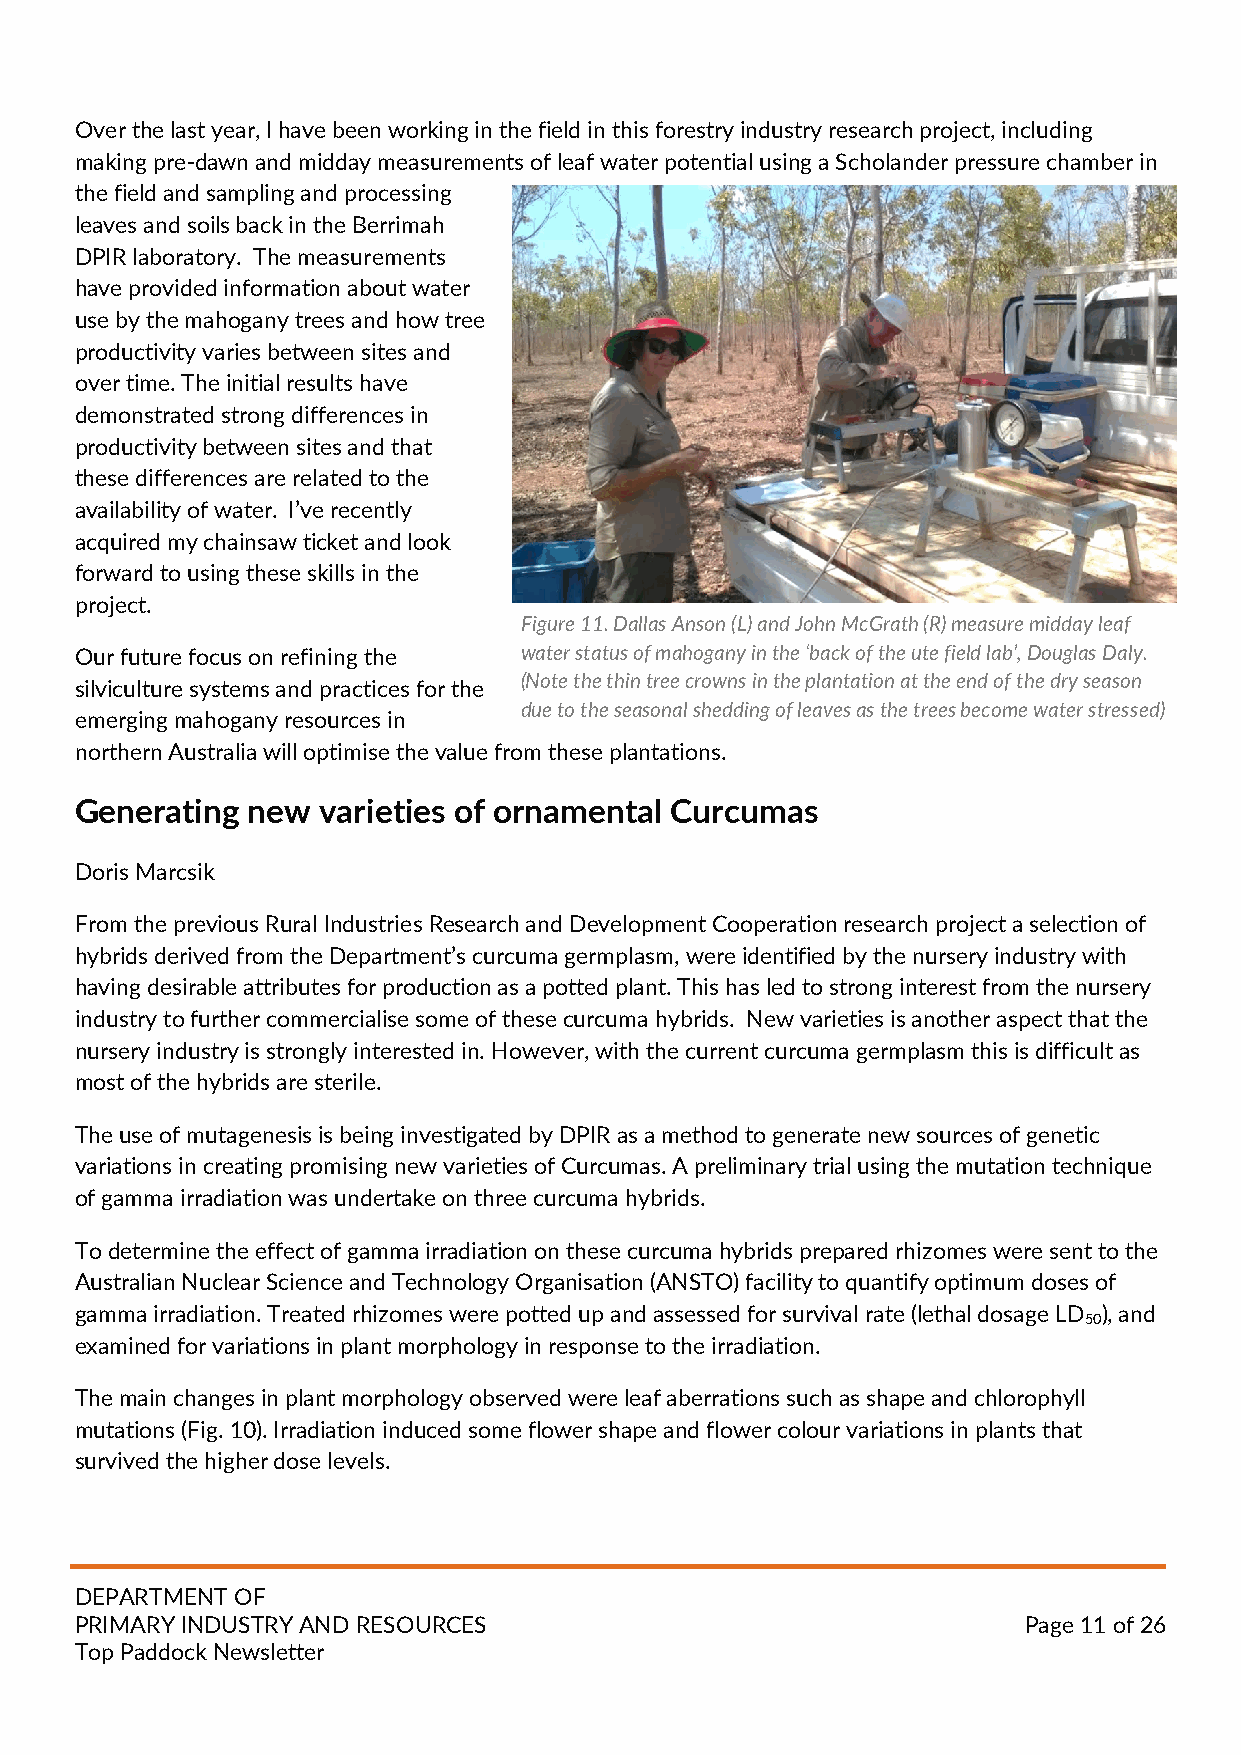
Over the last year, I have been working in the field in this forestry industry research project, including
 making pre-dawn and midday measurements of leaf water potential using a Scholander pressure chamber in
 the field and sampling and processing
 leaves and soils back in the Berrimah
 DPIR laboratory. The measurements
 have provided information about water
 use by the mahogany trees and how tree
 productivity varies between sites and
 over time. The initial results have
 demonstrated strong differences in
 productivity between sites and that
 these differences are related to the
 availability of water. I’ve recently
 acquired my chainsaw ticket and look
 forward to using these skills in the
 project.
 Figure 11. Dallas Anson (L) and John McGrath (R) measure midday leaf
 Our future focus on refining the water status of mahogany in the ‘back of the ute field lab’, Douglas Daly.
 (Note the thin tree crowns in the plantation at the end of the dry season
 silviculture systems and practices for the
 due to the seasonal shedding of leaves as the trees become water stressed)
 emerging mahogany resources in
 northern Australia will optimise the value from these plantations.
 Generating new  varieties of ornamental Curcumas
 Doris Marcsik
 From the previous Rural Industries Research and Development Cooperation research project a selection of
 hybrids derived from the Department’s curcuma germplasm, were identified by the nursery industry with
 having desirable attributes for production as a potted plant. This has led to strong interest from the nursery
 industry to further commercialise some of these curcuma hybrids. New varieties is another aspect that the
 nursery industry is strongly interested in. However, with the current curcuma germplasm this is difficult as
 most of the hybrids are sterile.
 The use of mutagenesis is being investigated by DPIR as a method to generate new sources of genetic
 variations in creating promising new varieties of Curcumas. A preliminary trial using the mutation technique
 of gamma irradiation was undertake on three curcuma hybrids.
 To determine the effect of gamma irradiation on these curcuma hybrids prepared rhizomes were sent to the
 Australian Nuclear Science and Technology Organisation (ANSTO) facility to quantify optimum doses of
 gamma irradiation. Treated rhizomes were potted up and assessed for survival rate (lethal dosage LD ), and
 50
 examined for variations in plant morphology in response to the irradiation.
 The main changes in plant morphology observed were leaf aberrations such as shape and chlorophyll
 mutations (Fig. 10). Irradiation induced some flower shape and flower colour variations in plants that
 survived the higher dose levels.
 DEPARTMENT OF
 PRIMARY INDUSTRY AND RESOURCES                                 Page 11 of 26
 Top Paddock Newsletter